Vital statistics of India. Vol. IV, Annual returns from 1871 to 1876. British Army of India, Native Army and jails of Bengal
Year: 1871
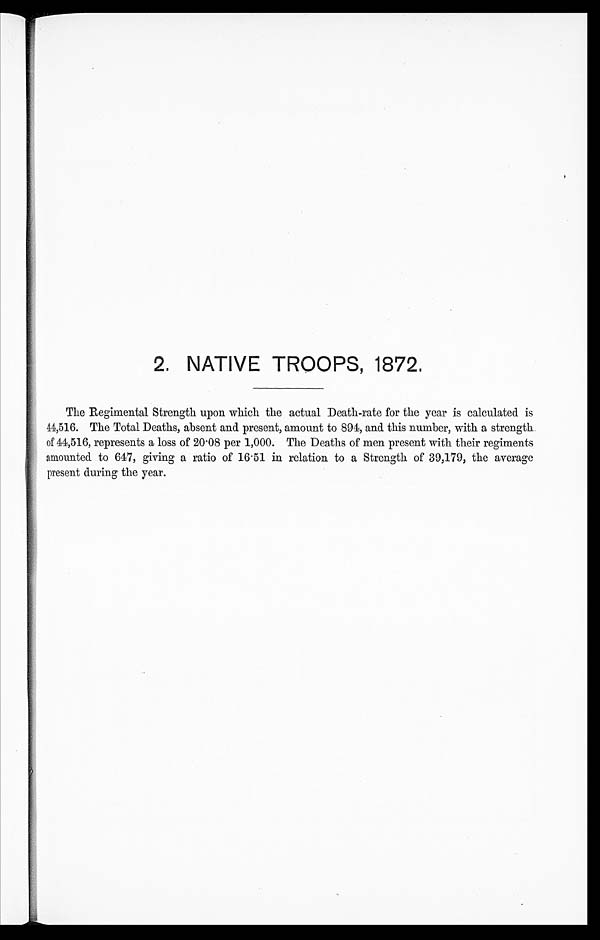
2. NATIVE TROOPS, 1872.
The Regimental Strength upon which the actual Death-rate for the year is calculated is
44,516. The Total Deaths, absent and present, amount to 894, and this number, with a strength
of 44,516, represents a loss of 20.08 per 1,000. The Deaths of men present with their regiments
amounted to 647, giving a ratio of 16.51 in relation to a Strength of 39,179, the average
present during the year.